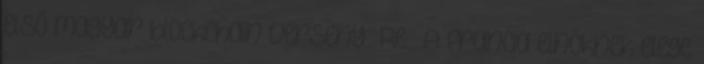
első magyar blockchain verseny Re: A francia elnöknek elege